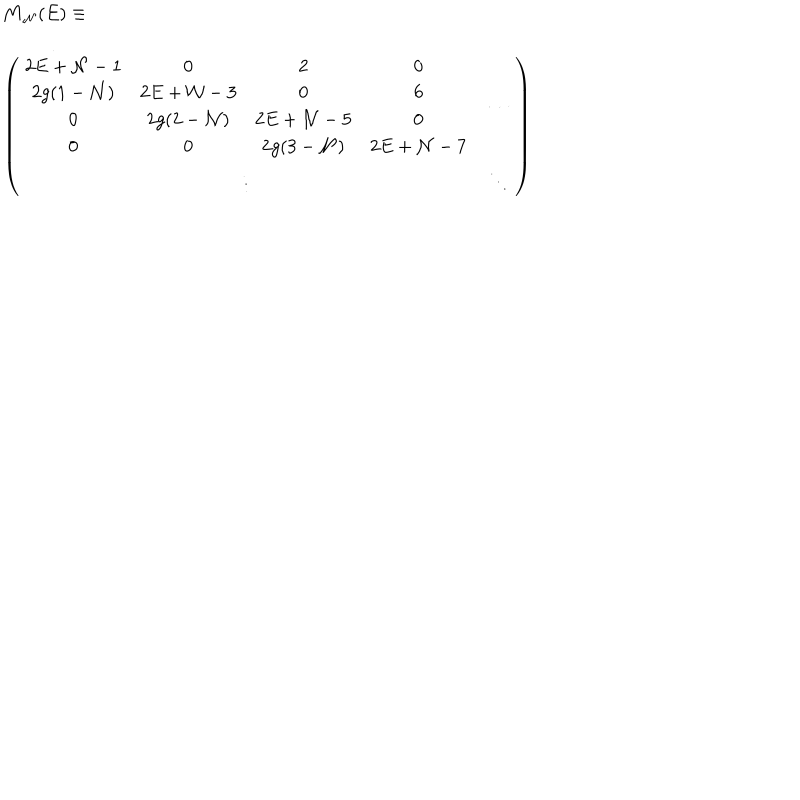
LaTeX: \begin{array} { l } { { { \bf M } _ { { \cal N } } ( E ) \equiv } } \\ { { \left( \renewcommand { \arraystretch } { 1 . 3 } \begin{array} { c c } { { \begin{array} { c c c c } { { 2 E + { \cal N } - 1 } } & { { 0 } } & { { 2 } } & { { 0 } } \\ { { 2 g ( 1 - { \cal N } ) } } & { { 2 E + { \cal N } - 3 } } & { { 0 } } & { { 6 } } \\ { { 0 } } & { { 2 g ( 2 - { \cal N } ) } } & { { 2 E + { \cal N } - 5 } } & { { 0 } } \\ { { 0 } } & { { 0 } } & { { 2 g ( 3 - { \cal N } ) } } & { { 2 E + { \cal N } - 7 } } \\ \end{array} } } & { { \cdots } } \\ { { \vdots } } & { { \ddots } } \\ \end{array} \right) } } \\ \end{array}